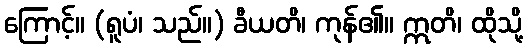
ကြောင့်။ (ရူပံ၊ သည်။) ခီယတိ၊ ကုန်၏။ ဣတိ၊ ထိုသို့